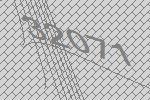
32071